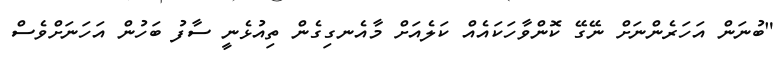
"ބުނަން އަހަރެންނަށް ނޭގޭ ކޮންވާހަކައެއް ކަލެއަށް މާއެނގިގެން ތިއުޅެނީ ސާފު ބަހުން އަހަނަށްވެސް